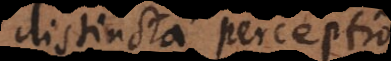
distincta perceptio